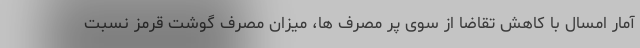
آمار امسال با کاهش تقاضا از سوی پر مصرف ها، میزان مصرف گوشت قرمز نسبت